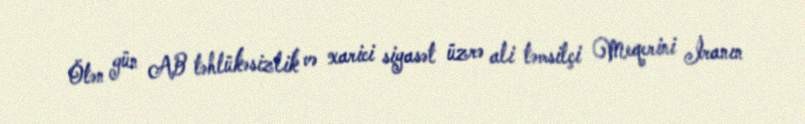
Ötən gün AB təhlükəsizlik və xarici siyasət üzrə ali təmsilçi Meqerini İranın